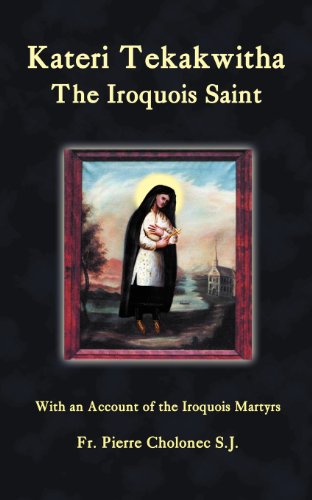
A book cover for Kateri Tekakwitha, The Iroquois Saint; Fr. Pierre Cholonec; Biographies & Memoirs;